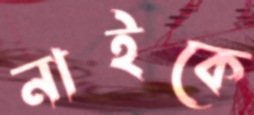
নাইকে